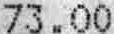
73.00